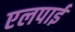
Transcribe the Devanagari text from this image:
एलपाईं